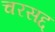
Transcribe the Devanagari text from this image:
चरसद्द